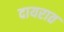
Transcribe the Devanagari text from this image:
दायरात